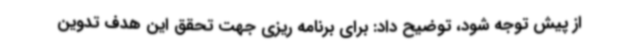
از پیش توجه شود، توضیح داد: برای برنامه ریزی جهت تحقق این هدف تدوین